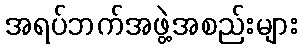
အရပ်ဘက်အဖွဲ့အစည်းများ